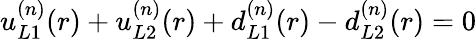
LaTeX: u_{L1}^{(n)}(r)+u_{L2}^{(n)}(r)+d_{L1}^{(n)}(r)-d_{L2}^{(n)}(r)=0